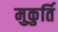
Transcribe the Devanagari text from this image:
मुकुर्ति